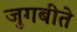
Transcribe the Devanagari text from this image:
जुगबीते